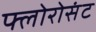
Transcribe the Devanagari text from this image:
फ्लोरोसंट